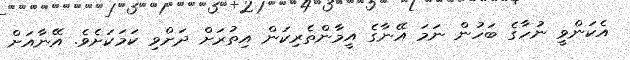
އެކަންވީ ނުހާގެ ބަހުން ނަމަ އޭނާގެ އީމާންތެރިކަން އިތުރަށް ދަށްވި ކަމަކަށެވެ. އޭނާއަށް